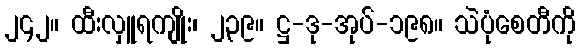
၂၄၂။ ထီးလှူရကျိုး၊ ၂၃၉။ ဋ္ဌ-ဒု-အုပ်-၁၉၈။ သဲပုံစေတီကို